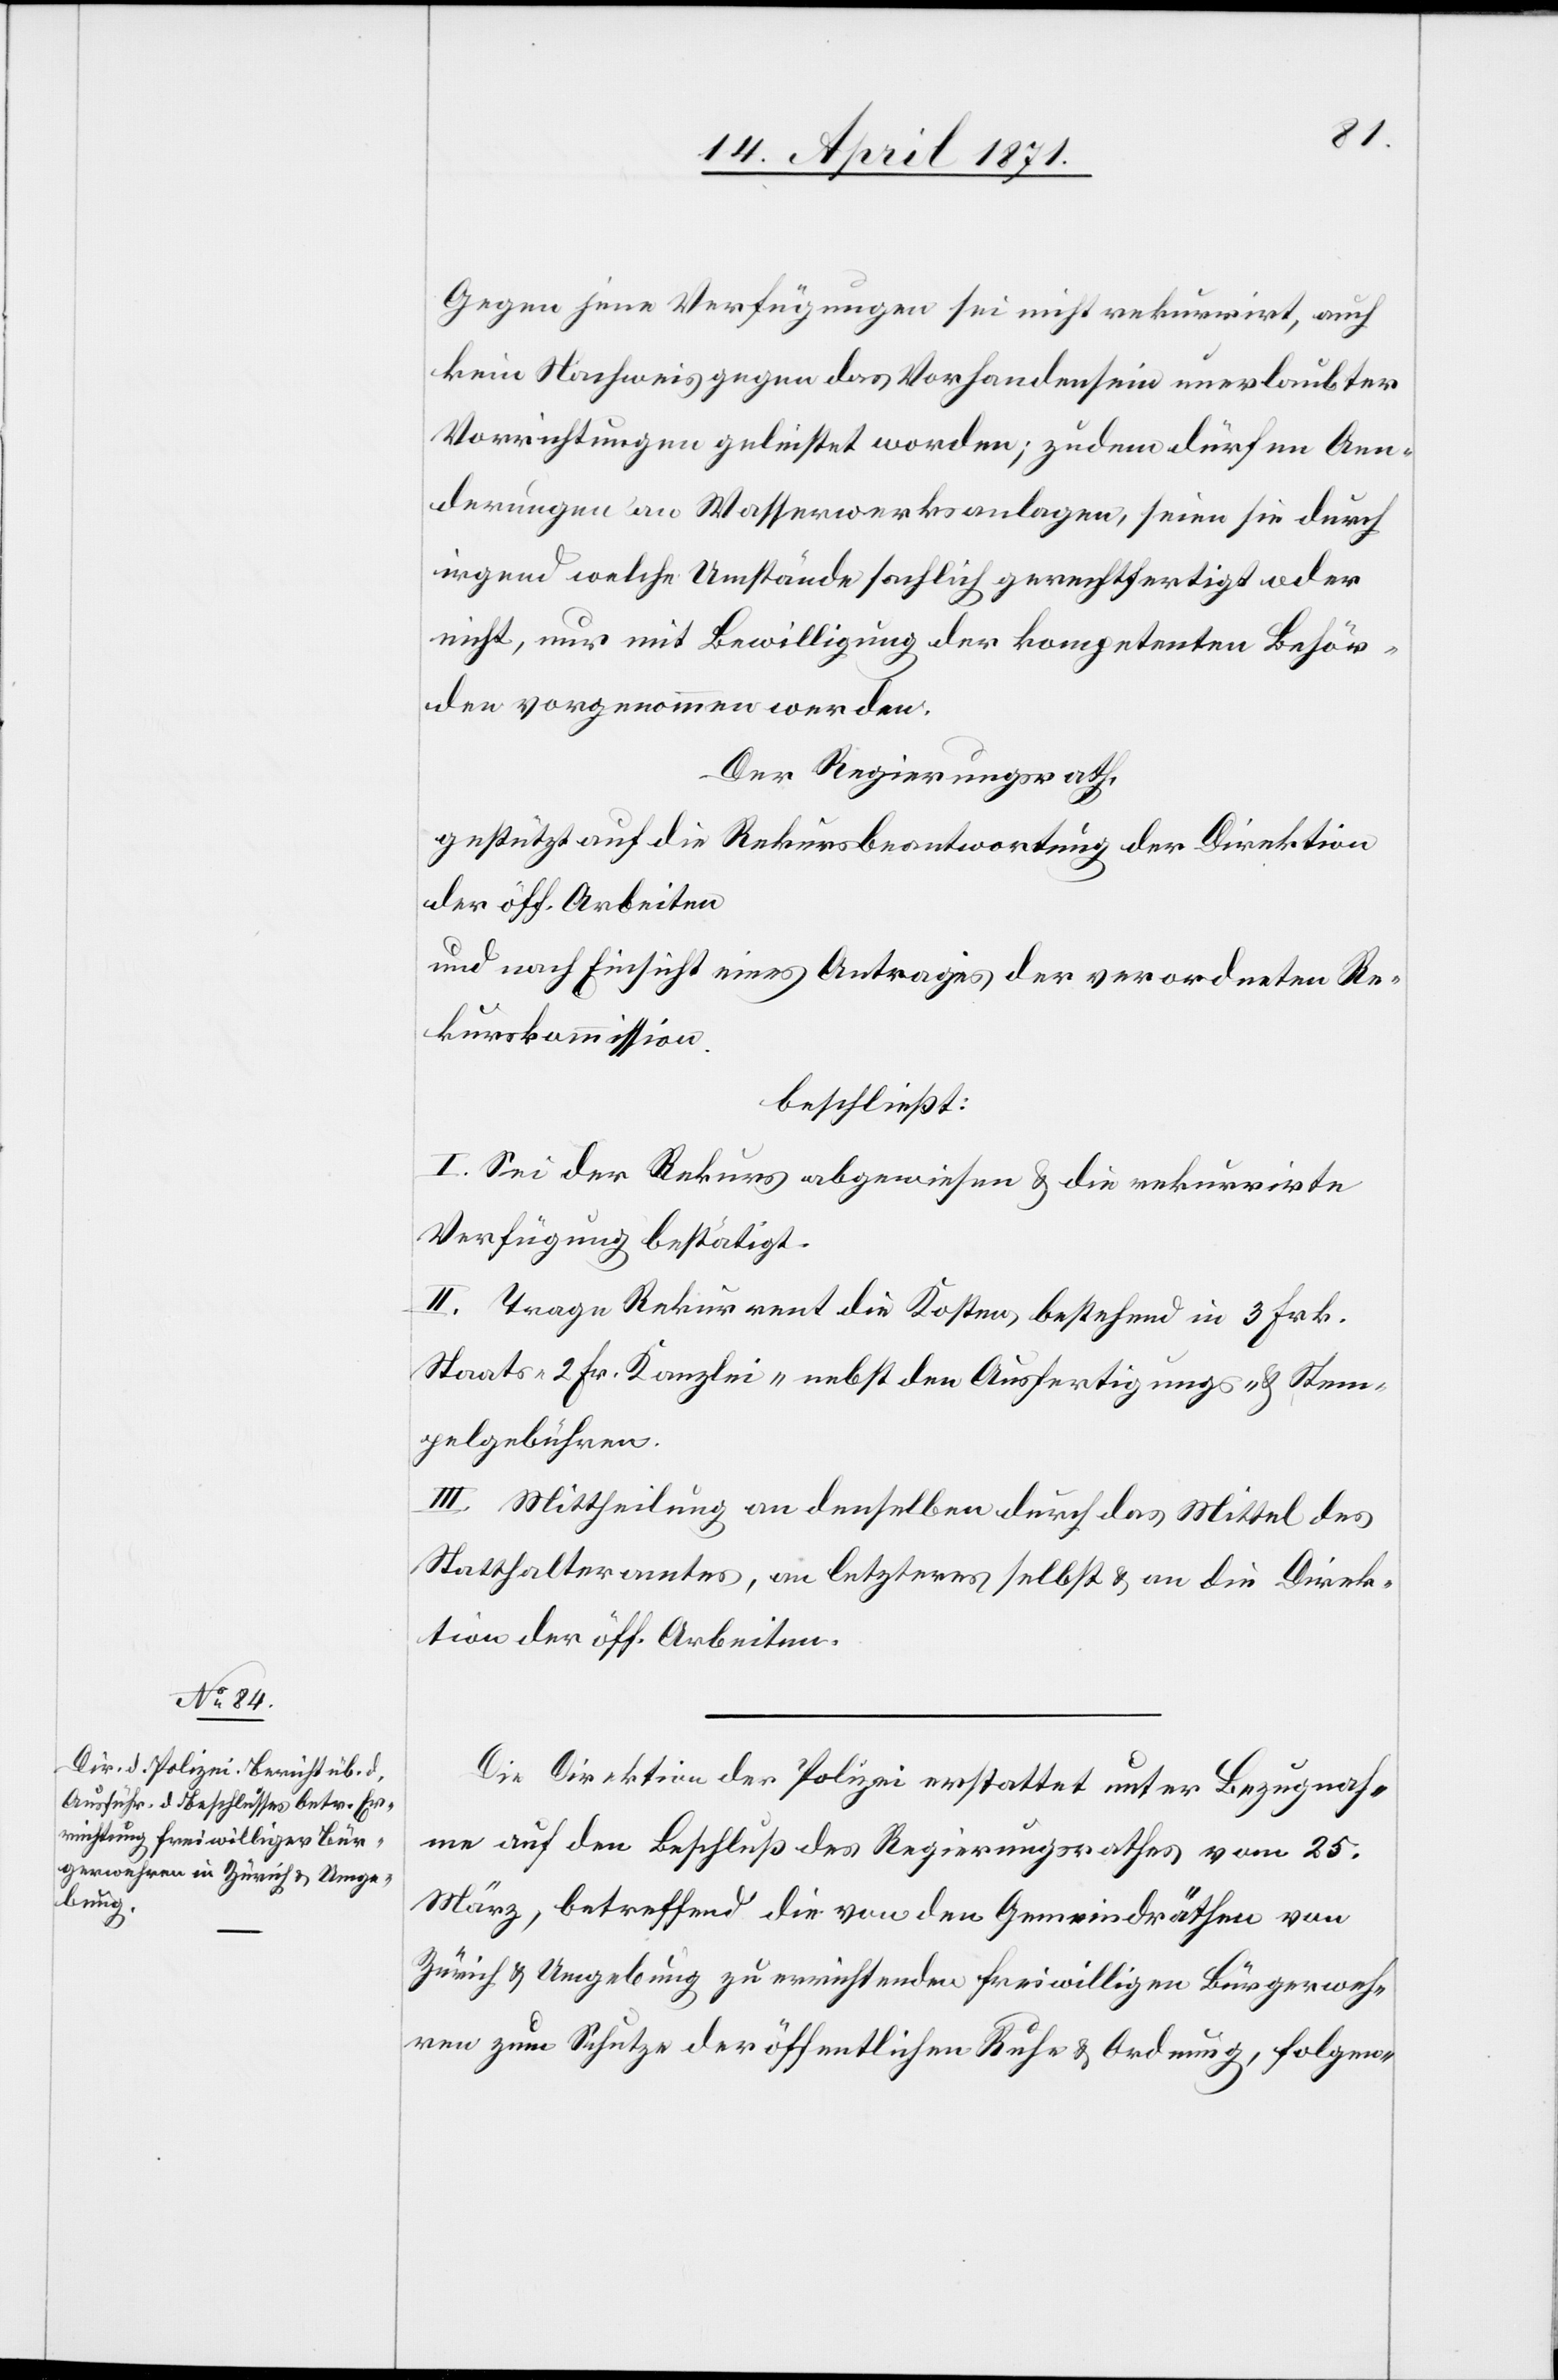
Gegen jene Verfügungen sei nicht rekurrirt, auch
kein Nachweis gegen das Vorhandensein unerlaubter
Vorrichtungen geleistet worden; zudem dürfen Aen¬
derungen an Wasserwerksanlagen, seien sie durch
irgend welche Umstände sachlich gerechtfertigt oder
nicht, nur mit Bewilligung der kompetenten Behör¬
den vorgenommen werden.
Der Regierungsrath,
gestützt auf die Rekursbeantwortung der Direktion
der öff. Arbeiten
und nach Einsicht eines Antrages der verordneten Re¬
kurskommission
beschließt:
I. Sei der Rekurs abgewiesen u. die rekurrirte
Verfügung bestätigt.
II. Trage Rekurrent die Kosten, bestehend in 3 Frk.
Staats-[,] 2 Fr. Kanzlei[,]- nebst den Ausfertigungs- u. Stem¬
pelgebühren.
III. Mittheilung an denselben durch das Mittel des
Statthalteramtes, an letzteres selbst u. an die Direk¬
tion der öff. Arbeiten.
Die Direktion der Polizei erstattet unter Bezugnah¬
me auf den Beschluß des Regierungsrathes vom 25.
März, betreffend die von den Gemeindräthen von
Zürich u. Umgebung zu errichtenden freiwilligen Bürgerweh¬
ren zum Schutze der öffentlichen Ruhe u. Ordnung, folgen-